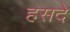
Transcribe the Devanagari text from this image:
हसदे